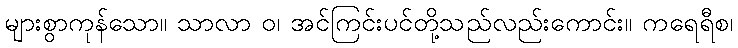
များစွာကုန်သော။ သာလာ ဝ၊ အင်ကြင်းပင်တို့သည်လည်းကောင်း။ ကရေရီစ၊